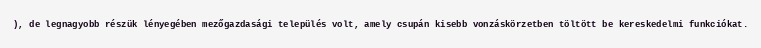
), de legnagyobb részük lényegében mezőgazdasági település volt, amely csupán kisebb vonzáskörzetben töltött be kereskedelmi funkciókat.